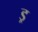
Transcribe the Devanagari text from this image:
ड्र